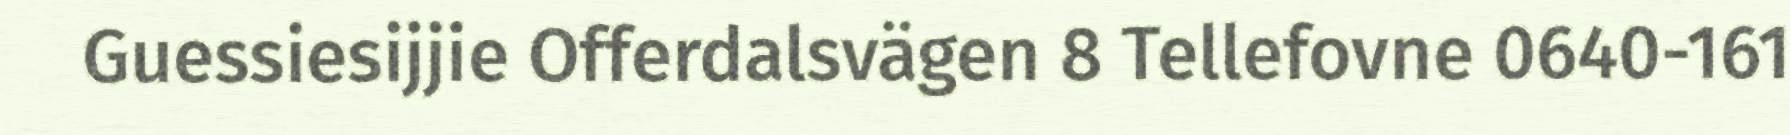
Guessiesijjie Offerdalsvägen 8 Tellefovne 0640-161